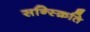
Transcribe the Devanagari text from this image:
सन्स्क्रिति